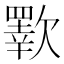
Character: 歝